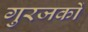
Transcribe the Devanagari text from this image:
गुरजकों